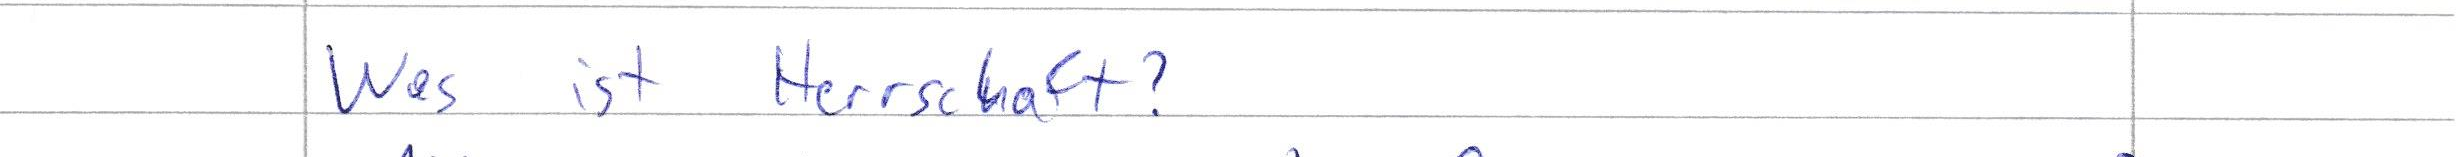
Was ist Herrschaft?